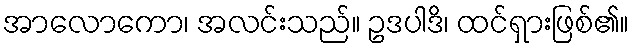
အာလောကော၊ အလင်းသည်။ ဥဒပါဒိ၊ ထင်ရှားဖြစ်၏။